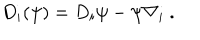
LaTeX: D _ { i } ( \psi ) = D _ { i } \psi - \psi \nabla _ { i } ~ . \nonumber